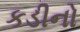
કડીનો